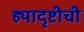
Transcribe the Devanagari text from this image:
ह्यादृष्टीची